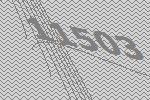
11503